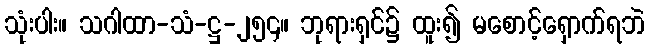
သုံးပါး။ သဂါထာ-သံ-ဋ္ဌ-၂၅၄။ ဘုရားရှင်၌ ထူး၍ မစောင့်ရှောက်ရဘဲ